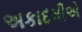
અકાદમીએ